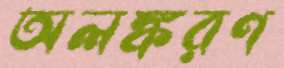
অলঙ্করণ